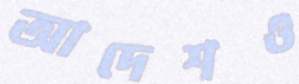
আদেশও